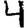
Digit: 4